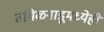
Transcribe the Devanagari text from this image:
तमिळनाडूमध्येही